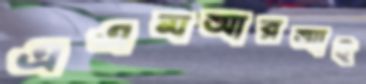
এএমআরআই